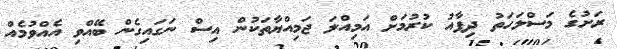
ރަށުގެ މަސްލަހަތު ދިފާއު ކުރުމަށް އަމިއްލަ ޖަމިއްޔާތަކުން އިސް ނަގައިގެން ބޭއްވި އެއްވުމެއް